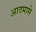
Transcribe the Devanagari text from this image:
आदमासे